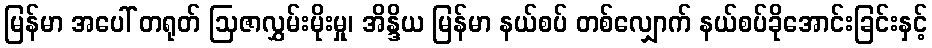
မြန်မာ အပေါ် တရုတ် ဩဇာလွှမ်းမိုးမှု၊ အိန္ဒိယ မြန်မာ နယ်စပ် တစ်လျှောက် နယ်စပ်ခိုအောင်းခြင်းနှင့်